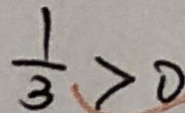
\frac { 1 } { 3 } > 0